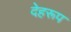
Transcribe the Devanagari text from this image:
देहरूप